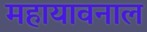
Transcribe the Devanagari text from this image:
महायावनाल